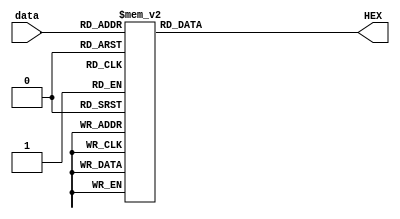
`timescale 1ns / 1ps
`define tubeDigit0 8'b11111100
`define tubeDigit1 8'b00001100
`define tubeDigit2 8'b11011010
`define tubeDigit3 8'b11110010
`define tubeDigit4 8'b01100110
`define tubeDigit5 8'b10110110
`define tubeDigit6 8'b10111110
`define tubeDigit7 8'b11100000
`define tubeDigit8 8'b11111110
`define tubeDigit9 8'b11110110
`define tubeDigitA 8'b11101110
`define tubeDigitB 8'b00111110
`define tubeDigitC 8'b10011100
`define tubeDigitD 8'b01111010
`define tubeDigitE 8'b10011110
`define tubeDigitF 8'b10001110

module digitDecoder(
	input [3:0]data,
	output reg [7:0]HEX);
    always @(*) begin
        case(data)
            4'h0:HEX=`tubeDigit0;
            4'h1:HEX=`tubeDigit1;
            4'h2:HEX=`tubeDigit2;
            4'h3:HEX=`tubeDigit3;
            4'h4:HEX=`tubeDigit4;
            4'h5:HEX=`tubeDigit5;
            4'h6:HEX=`tubeDigit6;
            4'h7:HEX=`tubeDigit7;
            4'h8:HEX=`tubeDigit8;
            4'h9:HEX=`tubeDigit9;
            4'hA:HEX=`tubeDigitA;
            4'hB:HEX=`tubeDigitB;
            4'hC:HEX=`tubeDigitC;
            4'hD:HEX=`tubeDigitD;
            4'hE:HEX=`tubeDigitE;
            4'hF:HEX=`tubeDigitF;
        endcase
    end
endmodule